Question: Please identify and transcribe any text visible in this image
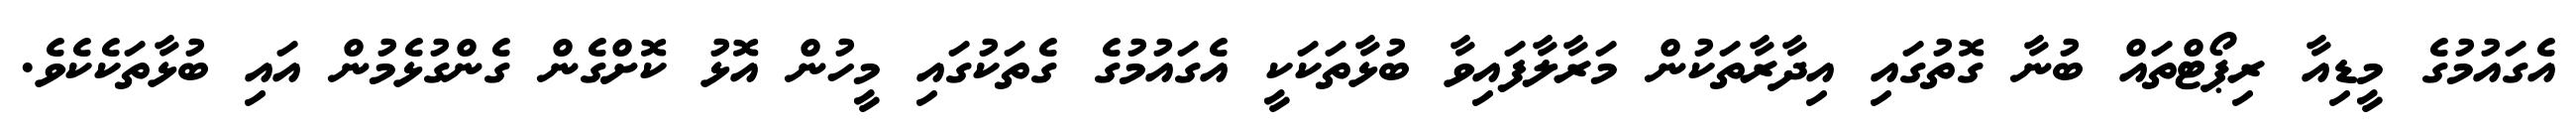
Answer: އެގައުމުގެ މީޑިއާ ރިޕޯޓްތައް ބުނާ ގޮތުގައި އިދާރާތަކުން މަރާލާފައިވާ ބުޅާތަކަކީ އެގައުމުގެ ގެތަކުގައި މީހުން އޮޅު ކޮށްގެން ގެންގުޅެމުން އައި ބުޅާތަކެކެވެ.